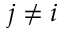
j \ne i